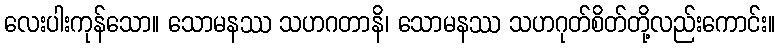
လေးပါးကုန်သော။ သောမနဿ သဟဂတာနိ၊ သောမနဿ သဟဂုတ်စိတ်တို့လည်းကောင်း။